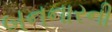
બનનારની